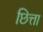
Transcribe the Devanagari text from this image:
छित्ता